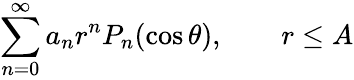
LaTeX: \sum_{n=0}^{\infty}a_{n}r^{n}P_{n}(\cos\theta),\qquad r\leq A